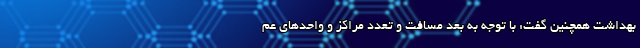
بهداشت همچنین گفت: با توجه به بعد مسافت و تعدد مراکز و واحدهای عم